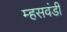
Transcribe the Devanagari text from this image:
म्हसवंडी